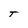
Character: T